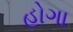
હોગા